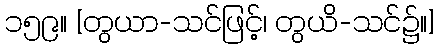
၁၅၉။ [တွယာ-သင်ဖြင့်၊ တွယိ-သင်၌။]